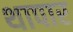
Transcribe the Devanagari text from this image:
थापार